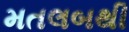
મતલબથી